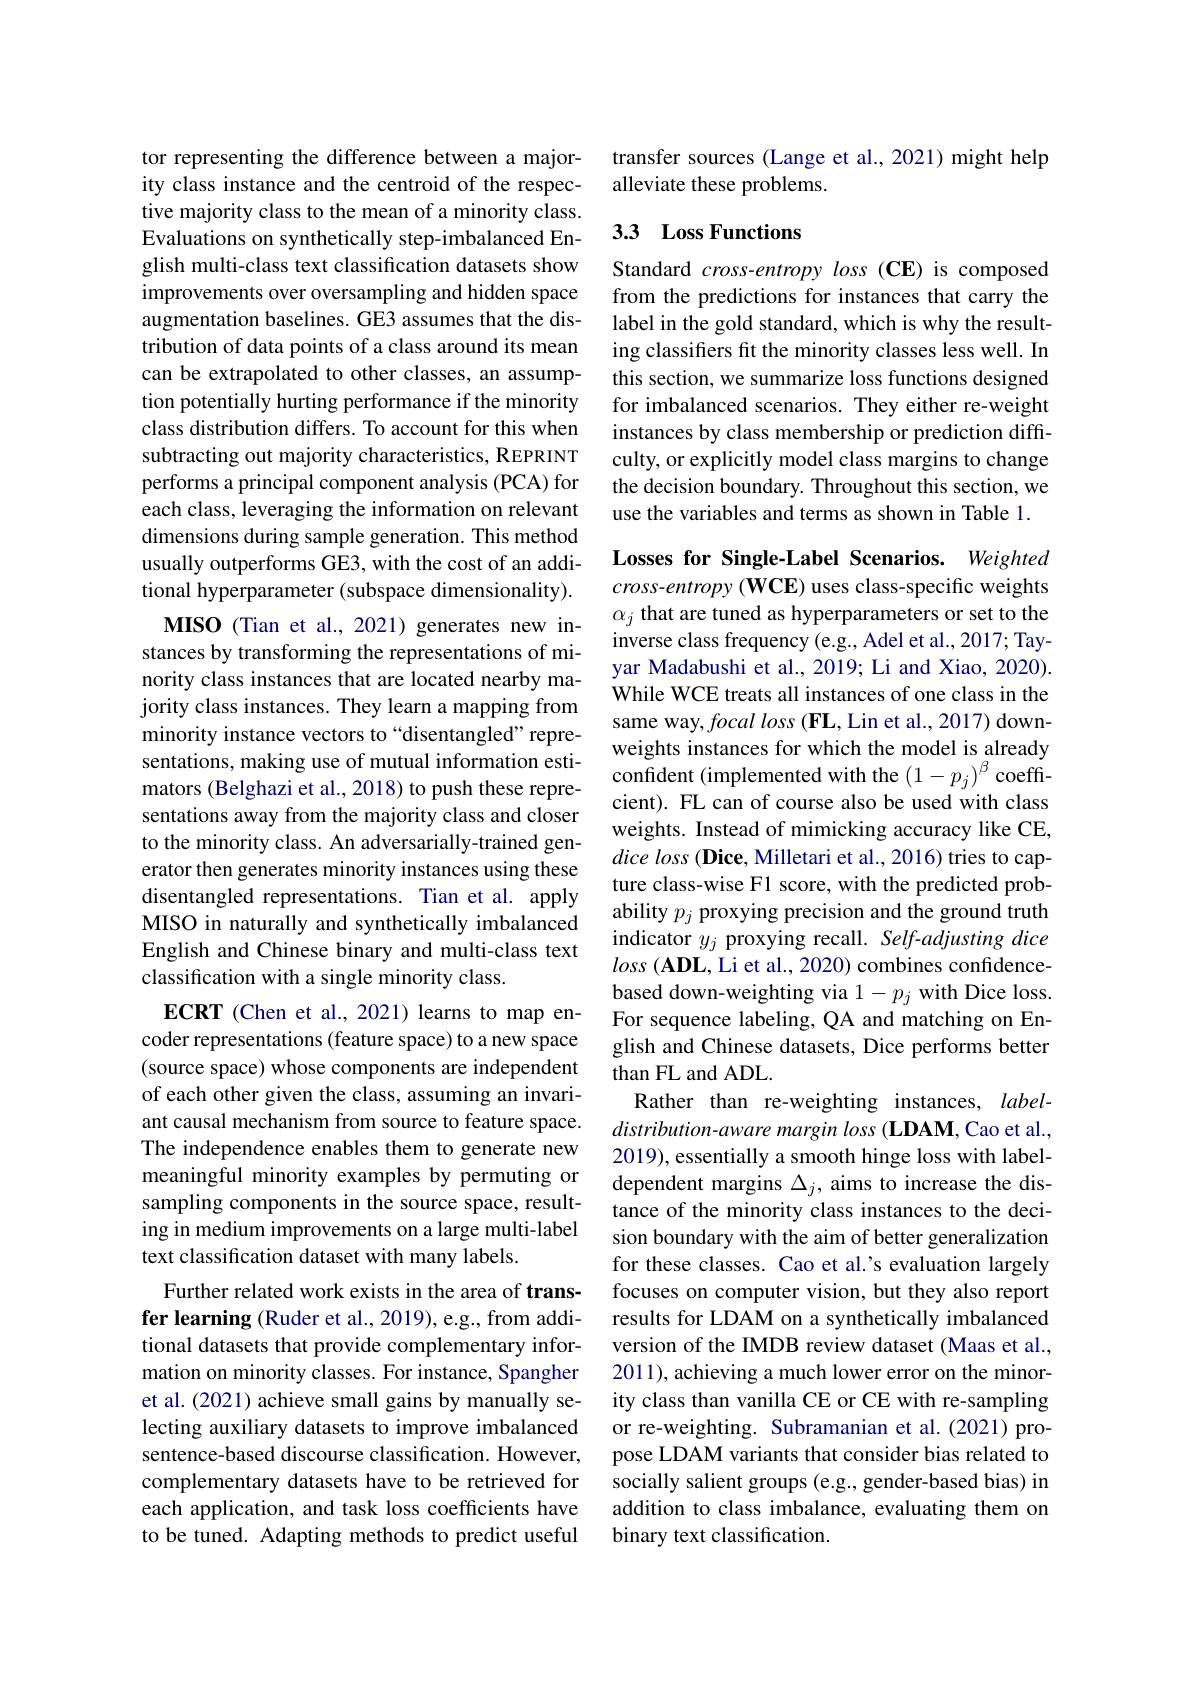
tor representing the difference between a majority class instance and the centroid of the respective majority class to the mean of a minority class. Evaluations on synthetically step-imbalanced English multi-class text classification datasets show improvements over oversampling and hidden space augmentation baselines. GE3 assumes that the distribution of data points of a class around its mean can be extrapolated to other classes, an assumption potentially hurting performance if the minority class distribution differs. To account for this when subtracting out majority characteristics, REPRINT performs a principal component analysis (PCA) for each class, leveraging the information on relevant dimensions during sample generation. This method usually outperforms GE3, with the cost of an additional hyperparameter (subspace dimensionality). MISO (Tian et al., 2021) generates new in-
stances by transforming the representations of minority class instances that are located nearby majority class instances. They learn a mapping from minority instance vectors to“disentangled”representations, making use of mutual information esti- weigins instaics or wincics with the $( 1- p_{j}) ^{\beta }$coeffi- mators ( Belghazi et al. , 2018) to push these repre- cient) El can of courea also ba ucad with clacceffi-
sentations away from the majority class and closer to the minority class. An adversarially-trained generator then generates minority instances using these disentangled representations. Tian et al. apply MISO in naturally and synthetically imbalanced English and Chinese binary and multi-class text classification with a single minority class.
ECRT (Chen et al.,2021) learns to map encoder representations (feature space) to a new space (source space) whose components are independent of each other given the class, assuming an invariant causal mechanism from source to feature space. The independence enables them to generate new meaningful minority examples by permuting or sampling components in the source space, resulting in medium improvements on a large multi-label text classification dataset with many labels.
Further related work exists in the area of transfer learning (Ruder et al., 2019), e.g., from additional datasets that provide complementary information on minority classes. For instance, Spangher et al. (2021) achieve small gains by manually selecting auxiliary datasets to improve imbalanced sentence-based discourse classification. However, complementary datasets have to be retrieved for each application, and task loss coefficients have to be tuned. Adapting methods to predict useful

transfer sources (Lange et al., 2021) might help
alleviate these problems.

## 3.3 Loss Functions

Standard $cross-entropyloss(\mathbf{CE})$ is composed from the predictions for instances that carry the label in the gold standard, which is why the resulting classifiers fit the minority classes less well. In this section, we summarize loss functions designed for imbalanced scenarios. They either re-weight instances by class membership or prediction difficulty, or explicitly model class margins to change the decision boundary. Throughout this section, we use the variables and terms as shown in Table 1.

Losses for Single-Label Scenarios. Weighted $cross-entropy(\mathbf{WCE})$ uses class-specific weights $\alpha_j$ that are tuned as hyperparameters or set to the inverse class frequency (e.g., Adel et al., 2017; Tayyar Madabushi et al., 2019; Li and Xiao, 2020). While WCE treats all instances of one class in the same way, focal loss (FL, Lin et al., 2017) downweights instances for which the model is already cient). FL can of course also be used with class weights. Instead of mimicking accuracy like CE, dice loss (Dice, Milletari et al., 2016) tries to capture class-wise F1 score, with the predicted probability $p_j$ proxying precision and the ground truth indicator $y_j$ proxying recall. Self-adjusting dice $loss\left(\mathbf{ADL},\text{Li et al., 2020) combines confidence-}\right)$ based down-weighting via $1-p_j$ with Dice loss. For sequence labeling, QA and matching on English and Chinese datasets, Dice performs better than FL and ADL.
Rather than re-weighting instances, label- $distribution-aware$ margin loss (LDAM, Cao et al., 2019), essentially a smooth hinge loss with labeldependent margins $\Delta_j$, aims to increase the distance of the minority class instances to the decision boundary with the aim of better generalization for these classes. Cao et al.'s evaluation largely focuses on computer vision, but they also report results for LDAM on a synthetically imbalanced version of the IMDB review dataset (Maas et al., 2011), achieving a much lower error on the minority class than vanilla CE or CE with re-sampling or re-weighting. Subramanian et al.(2021)propose LDAM variants that consider bias related to socially salient groups (e.g., gender-based bias) in addition to class imbalance, evaluating them on binary text classification.